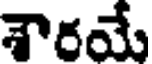
శౌరయే